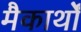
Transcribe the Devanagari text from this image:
मैकार्थों